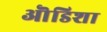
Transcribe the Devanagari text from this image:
ऒडिशा